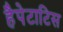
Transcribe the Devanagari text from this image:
हैपेटाटिस